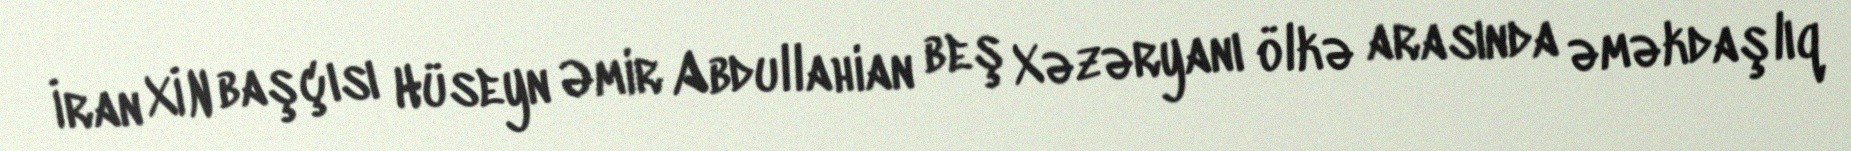
İran XİN başçısı Hüseyn Əmir Abdullahian beş Xəzəryanı ölkə arasında əməkdaşlıq